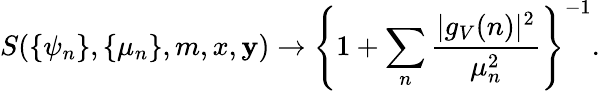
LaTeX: S(\{ \psi_{n}\} ,\{ \mu_{n}\} ,m,x,\mathbf{y})\rightarrow\left\{ 1+\sum_{n}\frac{{|g_{V}(n)|^{2}}}{{\mu_{n}^{2}}}\right\} ^{-1}.